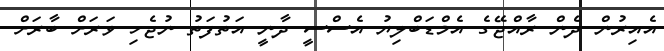
އެއިރުން ދެން ރާއްޖޭގެ އެމްޑަބްލިޔު އެސްސީ ދާނީ އަތުފަތު ނުޖެހި ވަރަށް ބާރަށް